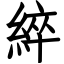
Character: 綷